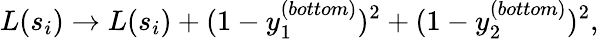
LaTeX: L(s_{i})\to L(s_{i})+(1-y_{1}^{(bottom)})^{2}+(1-y_{2}^{(bottom)})^{2},